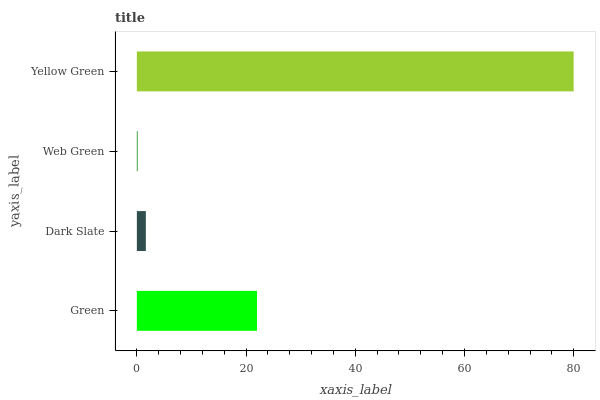
| yaxis_label | bars |
 | --- | --- |
 | Green | 22 |
 | Dark Slate | 1.65 |
 | Web Green | 0.135 |
 | Yellow Green | 80 |